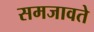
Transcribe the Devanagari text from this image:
समजावते